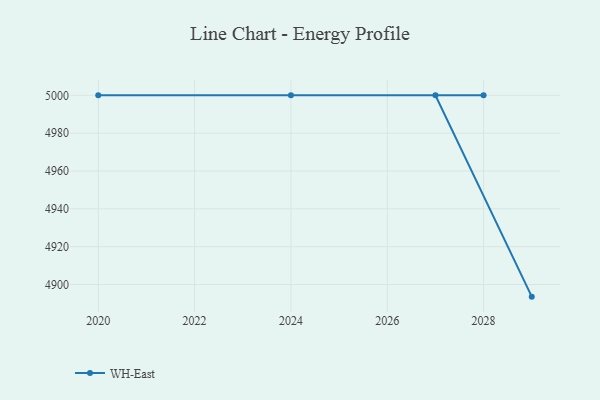
{"axis": {"x": "Year", "y": "Tickets Resolved"}, "legend": ["WH-East"], "data": [{"x": "2029", "y": 4893.6, "type": "WH-East"}, {"x": "2027", "y": 5000, "type": "WH-East"}, {"x": "2024", "y": 5000, "type": "WH-East"}, {"x": "2020", "y": 5000, "type": "WH-East"}, {"x": "2028", "y": 5000, "type": "WH-East"}]}